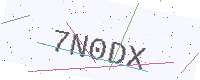
Text: 7N0DX